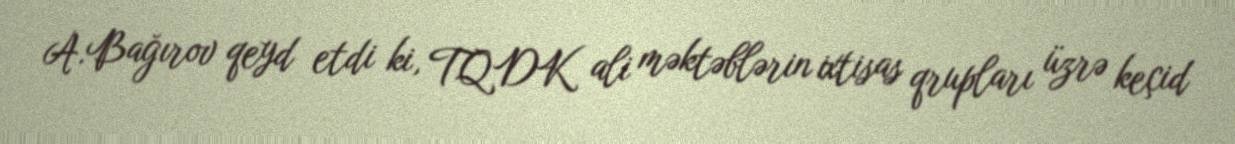
A.Bağırov qeyd etdi ki, TQDK ali məktəblərin ixtisas qrupları üzrə keçid